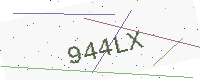
Text: 944LX